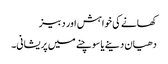
کھانے کی خواہش اور دبیز
دھیان دینے یا سوچنے میں پریشانی۔